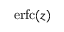
\operatorname { e r f c } ( z )